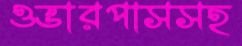
ওভারপাসসহ